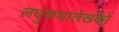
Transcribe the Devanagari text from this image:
लघुकथालेखकों